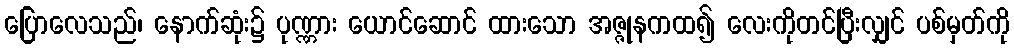
ပြောလေသည်၊ နောက်ဆုံး၌ ပုဏ္ဏား ယောင်ဆောင် ထားသော အဇ္ဇုနကထ၍ လေးကိုတင်ပြီးလျှင် ပစ်မှတ်ကို